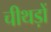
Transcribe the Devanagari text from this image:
चीथड़ों